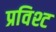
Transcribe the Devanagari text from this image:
प्रविश्ट